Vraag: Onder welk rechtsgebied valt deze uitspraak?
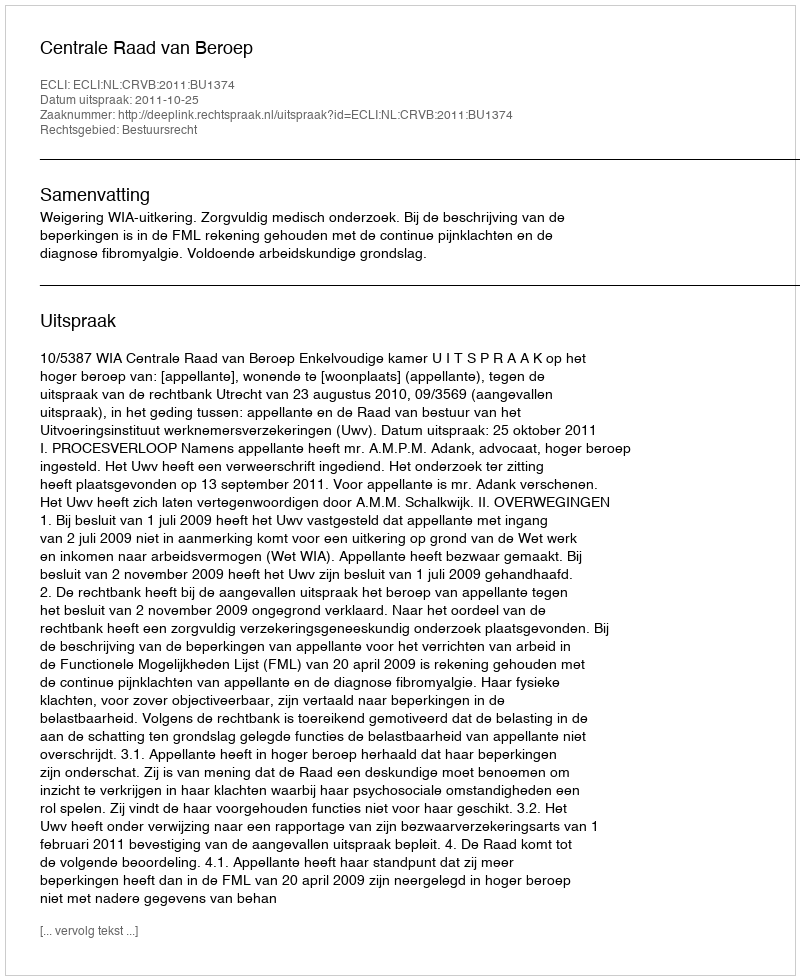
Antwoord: Bestuursrecht